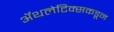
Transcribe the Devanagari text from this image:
ॲथलेटिक्सकडून